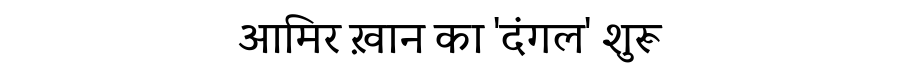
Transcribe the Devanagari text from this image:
आमिर ख़ान का 'दंगल' शुरू